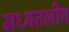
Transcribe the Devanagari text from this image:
मध्यतलीय